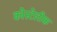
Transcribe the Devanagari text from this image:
कोस्टेलीक